Civil Veterinary Dept. Assam report 1927-50 - 1927-1950
Year: 1927
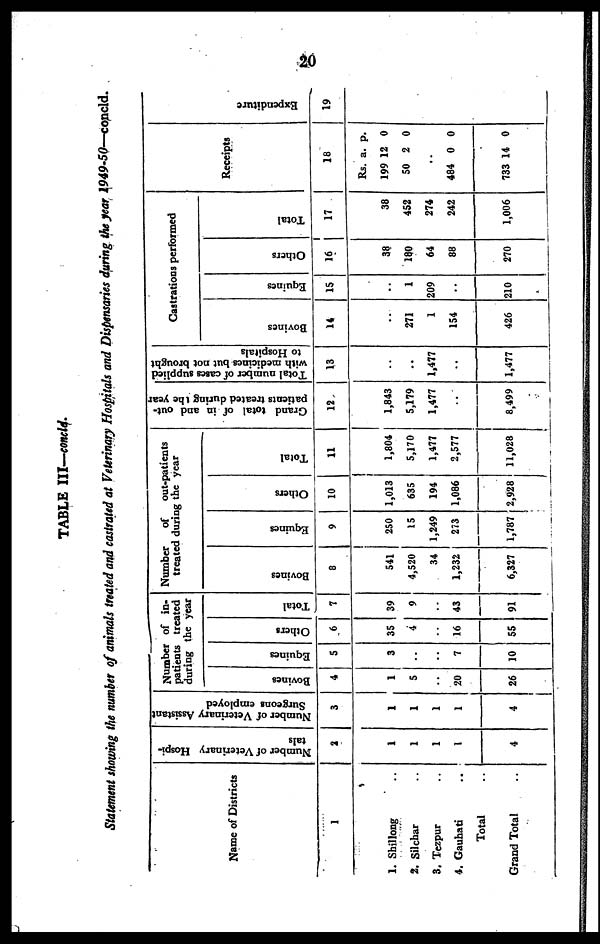
20
TABLE III—concld.
Statement showing the number of animals treated and castrated at Veterinary Hospitals and Dispensaries during the year 1949-50—concld.
Name of Districts
1
1. Shillong ..
2. Silchar ..
3. Tezpur ..
4. Gauhati ..
Total ..
Grand Total ..
Number of Veterinary Hospi-
tals
2
1
1
1
1
4
Number of Veterinary Assistant
Surgeons employed
3
1
1
1
1
4
Number of in-
patients treated
during the year
Bovines
4
1
5
..
20
26
Equines
5
3
..
..
7
10
Others
6
35
4
..
16
55
Total
7
39
9
..
43
91
Number
of
out-patients
treated during the year
Bovines
8
541
4,520
34
1,232
6,327
Equines
9
250
15
1,249
273
1,787
Others
10
1,013
635
194
1,086
2,928
Total
11
1,804
5,170
1,477
2,577
11,028
Grand total of in and out-
patients treated during the year
12
1,843
5,179
1,477
..
8,499
Total number of cases supplied
with medicines but not brought
to Hospitals
13
..
..
1,477
..
1,477
Castrations performed
Bovines
14
..
271
1
154
426
Equines
15
..
1
209
..
210
Others
16
38
180
64
88
270
Total
17
38
452
274
242
1,006
Rec
eipt
s
18
Rs.
199
50
484
733
a.
12
2
..
0
14
p.
0
0
0
0
Expe ndi t
ur e
19